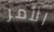
الأمر